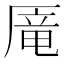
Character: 𰆥